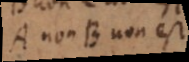
A non-B non est